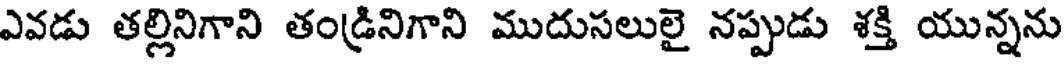
ఎవడు తల్లినిగాని తండ్రినిగాని ముదుసలులై నప్పుడు శక్తి యున్నను